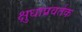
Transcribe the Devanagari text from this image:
क्षुधाप्रवर्तक